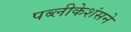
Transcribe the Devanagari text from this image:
पब्लीकेशंसने